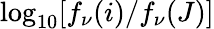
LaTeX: \log_{10}[f_{\nu}(i)/f_{\nu}(J)]